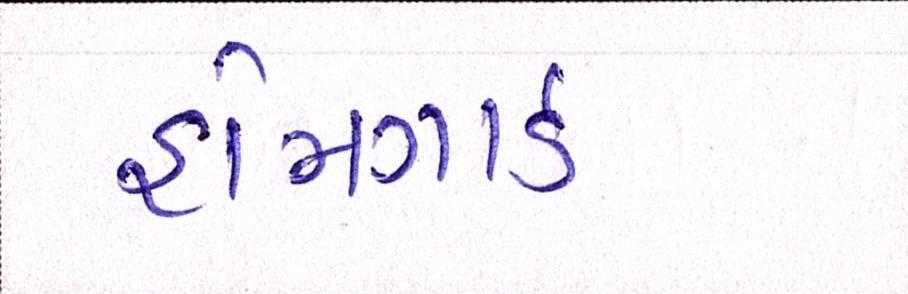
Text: હોમગાર્ડ